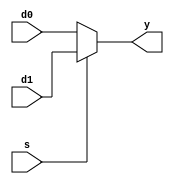
/**************/
/* mux32_32_32.v */
/**************/

//           +----+
// d0[31:0]->|    |
// d1[31:0]->|    |->y[31:0]
//        s->|    |
//           +----+

module mux32_32_32 (d0, d1, s, y);  // 
  input  [31:0] d0;          //  32-bit d0
  input  [31:0] d1;          //  32-bit d1
  input          s;          //  1-bit  s
  output [31:0]  y;          //  32-bit  y

  // Multiplexer body
  // if (s == 0) y = d0; else y = d1;
  //  assign 
  assign y = (s == 1'b0) ? d0 : d1;
endmodule